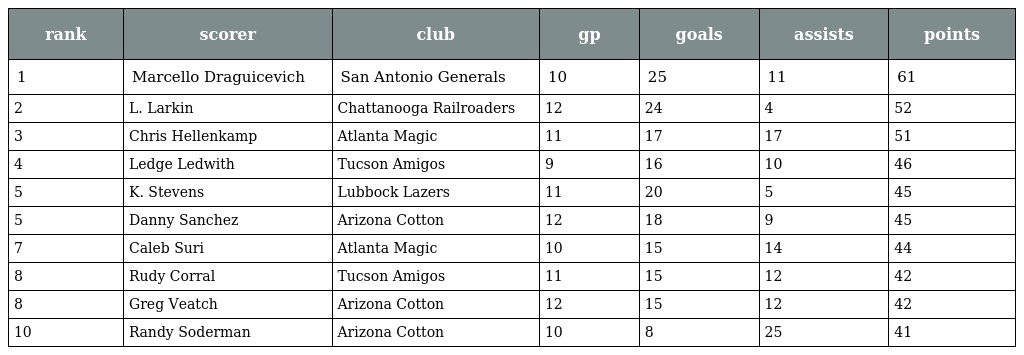
| rank | scorer | club | gp | goals | assists | points |
 | --- | --- | --- | --- | --- | --- | --- |
 | 1 | Marcello Draguicevich | San Antonio Generals | 10 | 25 | 11 | 61 |
 | 2 | L. Larkin | Chattanooga Railroaders | 12 | 24 | 4 | 52 |
 | 3 | Chris Hellenkamp | Atlanta Magic | 11 | 17 | 17 | 51 |
 | 4 | Ledge Ledwith | Tucson Amigos | 9 | 16 | 10 | 46 |
 | 5 | K. Stevens | Lubbock Lazers | 11 | 20 | 5 | 45 |
 | 5 | Danny Sanchez | Arizona Cotton | 12 | 18 | 9 | 45 |
 | 7 | Caleb Suri | Atlanta Magic | 10 | 15 | 14 | 44 |
 | 8 | Rudy Corral | Tucson Amigos | 11 | 15 | 12 | 42 |
 | 8 | Greg Veatch | Arizona Cotton | 12 | 15 | 12 | 42 |
 | 10 | Randy Soderman | Arizona Cotton | 10 | 8 | 25 | 41 |